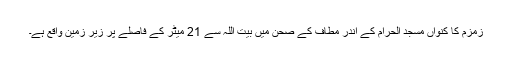
زمزم کا کنواں مسجد الحرام کے اندر مطاف کے صحن میں بیت اللہ سے 21 میٹر کے فاصلے پر زیر زمین واقع ہے۔